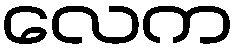
လေက